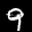
Label: 9